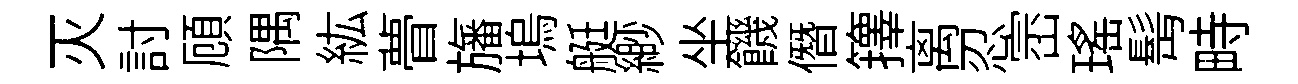
灭討頋隅紘瞢旛塢艇緲坐饑僭籜离忍崈瑶髩畤